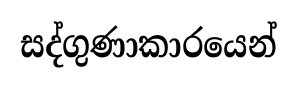
සද්ගුණාකාරයෙන්